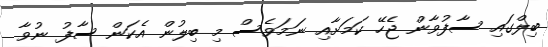
ބިލްގައި ސާފުވާން ޖެހޭ ކަމަށާއި ނަަމަވެސް މި ބިލުން އެކަން ސާފު ނުވާ